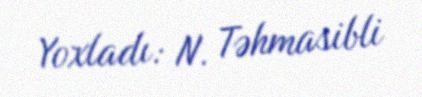
Yoxladı: N. Təhmasibli